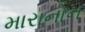
મારાનોન